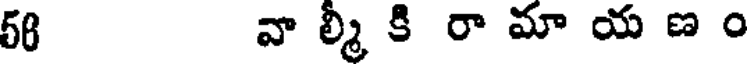
58 వా ల్మీ కి రా మా య ణ ం